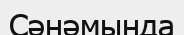
Сәнәмында